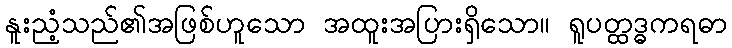
နူးညံ့သည်၏အဖြစ်ဟူသော အထူးအပြားရှိသော။ ရူပတ္ထဒ္ဓကရဓာ